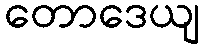
တောဒေယျ